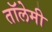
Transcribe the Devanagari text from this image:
तॉलेमी